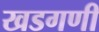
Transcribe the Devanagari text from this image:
खडगणी